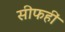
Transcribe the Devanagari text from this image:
सीफहीं